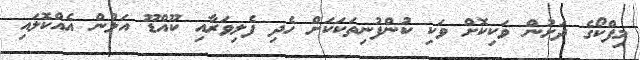
މިފްކޯގެ ދަށުން ވަކިކޮށް ވަކި ކުންފުނިތަކަކަށް ހެދި ފެލިވަރާއި ކޫއްޑޫ އަލުން އެއްކޮލައި